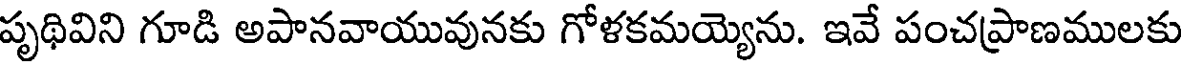
పృథివిని గూడి అపానవాయువునకు గోళకమయ్యెను. ఇవే పంచప్రాణములకు